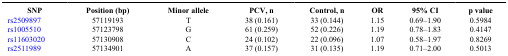
| SNP | Position (bp) | Minor allele | PCV, n | Control, n | OR | 95% CI | p value |
 | --- | --- | --- | --- | --- | --- | --- | --- |
 | rs2509897 | 57119193 | T | 38 (0.161) | 33 (0.144) | 1.15 | 0.69–1.90 | 0.5984 |
 | rs1005510 | 57123798 | G | 61 (0.259) | 52 (0.226) | 1.19 | 0.78–1.83 | 0.4147 |
 | rs11603020 | 57130908 | C | 24 (0.102) | 22 (0.096) | 1.07 | 0.58–1.97 | 0.8269 |
 | rs2511989 | 57134901 | A | 37 (0.157) | 31 (0.135) | 1.19 | 0.71–2.00 | 0.5013 |